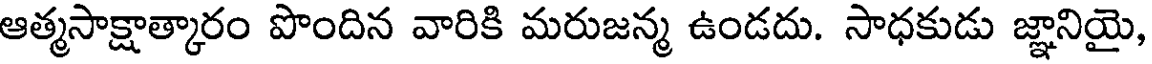
ఆత్మసాక్షాత్కారం పొందిన వారికి మరుజన్మ ఉండదు. సాధకుడు జ్ఞానియై,